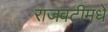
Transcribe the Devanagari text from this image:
राजवटीमधे